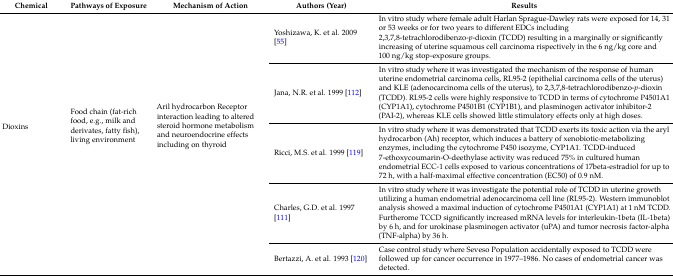
<table><thead><tr><td><b>Chemical</b></td><td><b>Pathways of Exposure</b></td><td><b>Mechanism of Action</b></td><td><b>Authors (Year)</b></td><td><b>Results</b></td></tr></thead><tbody><tr><td rowspan="5">Dioxins</td><td rowspan="5">Food chain (fat-rich food, e.g., milk and derivates, fatty fish), living environment</td><td rowspan="5">Aril hydrocarbon Receptor interaction leading to altered steroid hormone metabolism and neuroendocrine effects including on thyroid</td><td>Yoshizawa, K. et al. 2009 [55]</td><td>In vitro study where female adult Harlan Sprague-Dawley rats were exposed for 14, 31 or 53 weeks or for two years to different EDCs including 2,3,7,8-tetrachlorodibenzo-<i>p</i>-dioxin (TCDD) resulting in a marginally or significantly increasing of uterine squamous cell carcinoma rispectively in the 6 ng/kg core and 100 ng/kg stop-exposure groups.</td></tr><tr><td>Jana, N.R. et al. 1999 [112]</td><td>In vitro study where it was investigated the mechanism of the response of human uterine endometrial carcinoma cells, RL95-2 (epithelial carcinoma cells of the uterus) and KLE (adenocarcinoma cells of the uterus), to 2,3,7,8-tetrachlorodibenzo-<i>p</i>-dioxin (TCDD). RL95-2 cells were highly responsive to TCDD in terms of cytochrome P4501A1 (CYP1A1), cytochrome P4501B1 (CYP1B1), and plasminogen activator inhibitor-2 (PAI-2), whereas KLE cells showed little stimulatory effects only at high doses.</td></tr><tr><td>Ricci, M.S. et al. 1999 [119]</td><td>In vitro study where it was demonstrated that TCDD exerts its toxic action via the aryl hydrocarbon (Ah) receptor, which induces a battery of xenobiotic-metabolizing enzymes, including the cytochrome P450 isozyme, CYP1A1. TCDD-induced 7-ethoxycoumarin-O-deethylase activity was reduced 75% in cultured human endometrial ECC-1 cells exposed to various concentrations of 17beta-estradiol for up to 72 h, with a half-maximal effective concentration (EC50) of 0.9 nM.</td></tr><tr><td>Charles, G.D. et al. 1997 [111]</td><td>In vitro study where it was investigate the potential role of TCDD in uterine growth utilizing a human endometrial adenocarcinoma cell line (RL95-2). Western immunoblot analysis showed a maximal induction of cytochrome P4501A1 (CYP1A1) at 1 nM TCDD. Furtherome TCCD significantly increased mRNA levels for interleukin-1beta (IL-1beta) by 6 h, and for urokinase plasminogen activator (uPA) and tumor necrosis factor-alpha (TNF-alpha) by 36 h.</td></tr><tr><td>Bertazzi, A. et al. 1993 [120]</td><td>Case control study where Seveso Population accidentally exposed to TCDD were followed up for cancer occurrence in 1977–1986. No cases of endometrial cancer was detected.</td></tr></tbody></table>